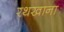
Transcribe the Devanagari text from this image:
रथखाना